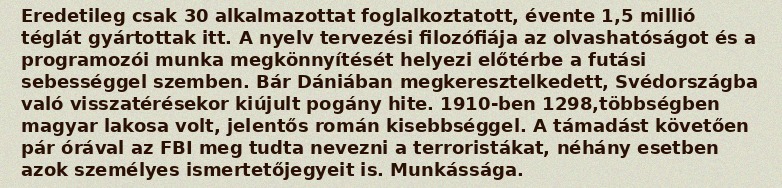
Eredetileg csak 30 alkalmazottat foglalkoztatott, évente 1,5 millió téglát gyártottak itt. A nyelv tervezési filozófiája az olvashatóságot és a programozói munka megkönnyítését helyezi előtérbe a futási sebességgel szemben. Bár Dániában megkeresztelkedett, Svédországba való visszatérésekor kiújult pogány hite. 1910-ben 1298,többségben magyar lakosa volt, jelentős román kisebbséggel. A támadást követően pár órával az FBI meg tudta nevezni a terroristákat, néhány esetben azok személyes ismertetőjegyeit is. Munkássága.